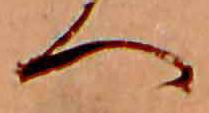
へ